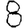
Digit: 8